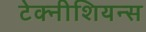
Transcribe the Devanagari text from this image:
टेक्नीशियन्स